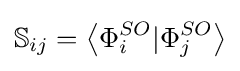
\mathbb {S} _{ij}=\left\langle \Phi _{i}^{SO}|\Phi _{j}^{SO}\right\rangle